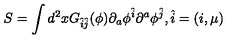
S = \int d ^ { 2 } x G _ { \hat { i } \hat { j } } ( \phi ) \partial _ { a } \phi ^ { \hat { i } } \partial ^ { a } \phi ^ { \hat { j } } , \hat { i } = ( i , \mu )